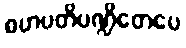
ဂဟပတိပဏ္ဍိတေပေ